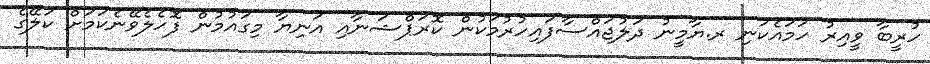
ހުރީބާ ވީއިރު ހަމައެކަނި ރ.ޔާމީނު ދަލުޖައްސާފައިހުރުމަކުން ކޮރަޕްޝަނާއި އަނިޔާ މިގައުމުން ފޮހެލެވޭނެކަމަށް ކަލޭގެ